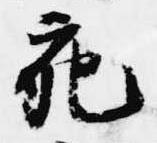
宛